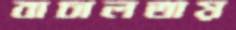
বাচালতায়